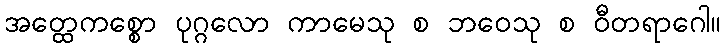
အတ္ထေကစ္စော ပုဂ္ဂလော ကာမေသု စ ဘဝေသု စ ဝီတရာဂေါ။